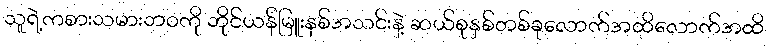
သူရဲ့ကစားသမားဘဝကို ဘိုင်ယန်မြူးနစ်အသင်းနဲ့ ဆယ်စုနှစ်တစ်ခုလောက်အထိလောက်အထိ